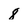
Character: 8